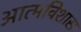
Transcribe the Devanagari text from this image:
आत्मविशास